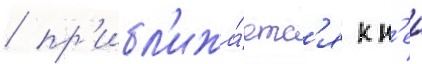
/ пр'ибл'ижа́етс'я к н'еи